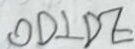
O D \bot D E